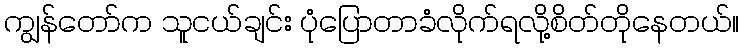
ကျွန်တော်က သူငယ်ချင်း ပုံပြောတာခံလိုက်ရလို့စိတ်တိုနေတယ်။